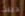
دينت